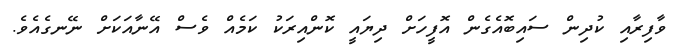
ވާފިރާއި ކުދިން ސައިބޮއެގެން އޮފީހަށް ދިޔައީ ކޮންއިރަކު ކަމެއް ވެސް އޭނާއަކަށް ނޭނގެއެވެ.